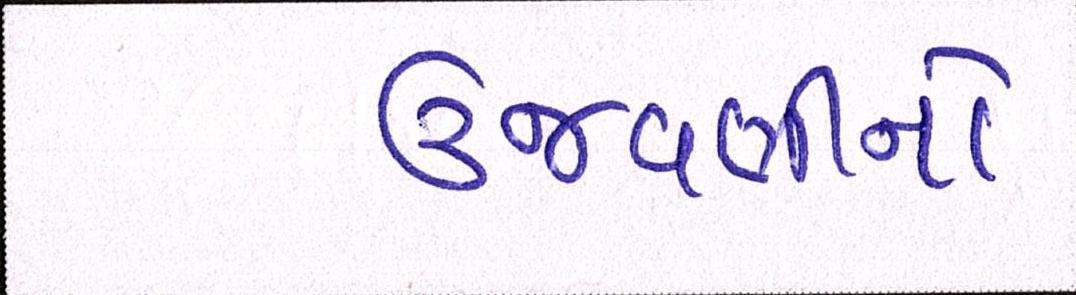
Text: ઉજવણીનો